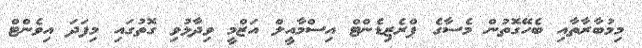
މިމުބާރާތާއި ބެހޭގޮތުން މެސާގެ ޕްރެޒިޑެންޓް އިސްމާއީލް އަޒްމީ ވިދާޅުވި ގޮތުގައި މިފަދަ އިވެންޓް